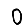
Digit: 0